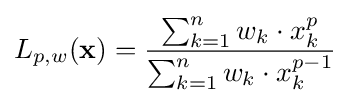
L_{p,w}(\mathbf {x} )={\frac {\sum _{k=1}^{n}w_{k}\cdot x_{k}^{p}}{\sum _{k=1}^{n}w_{k}\cdot x_{k}^{p-1}}}